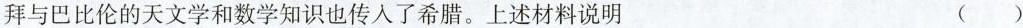
拜与巴比伦的天文学和数学知识也传入了希腊。上述材料说明 ( )